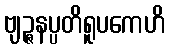
ဗျဉ္ဇနပ္ပတိရူပကေဟိ